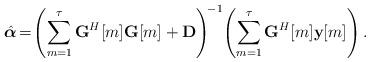
LaTeX: \begin{align*} \hat{\boldsymbol{\alpha}}\!=\! \left(\sum_{m=1}^{\tau}\textbf{G}^H[m]\textbf{G}[m]+ \textbf{D}\right)^{\!-1}\!\left(\sum_{m=1}^{\tau}\textbf{G}^H[m] \textbf{y}[m]\right).\end{align*}